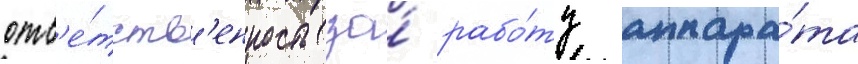
отв'е́тств'енность за́ рабо́ту аппара́та